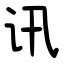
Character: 讯